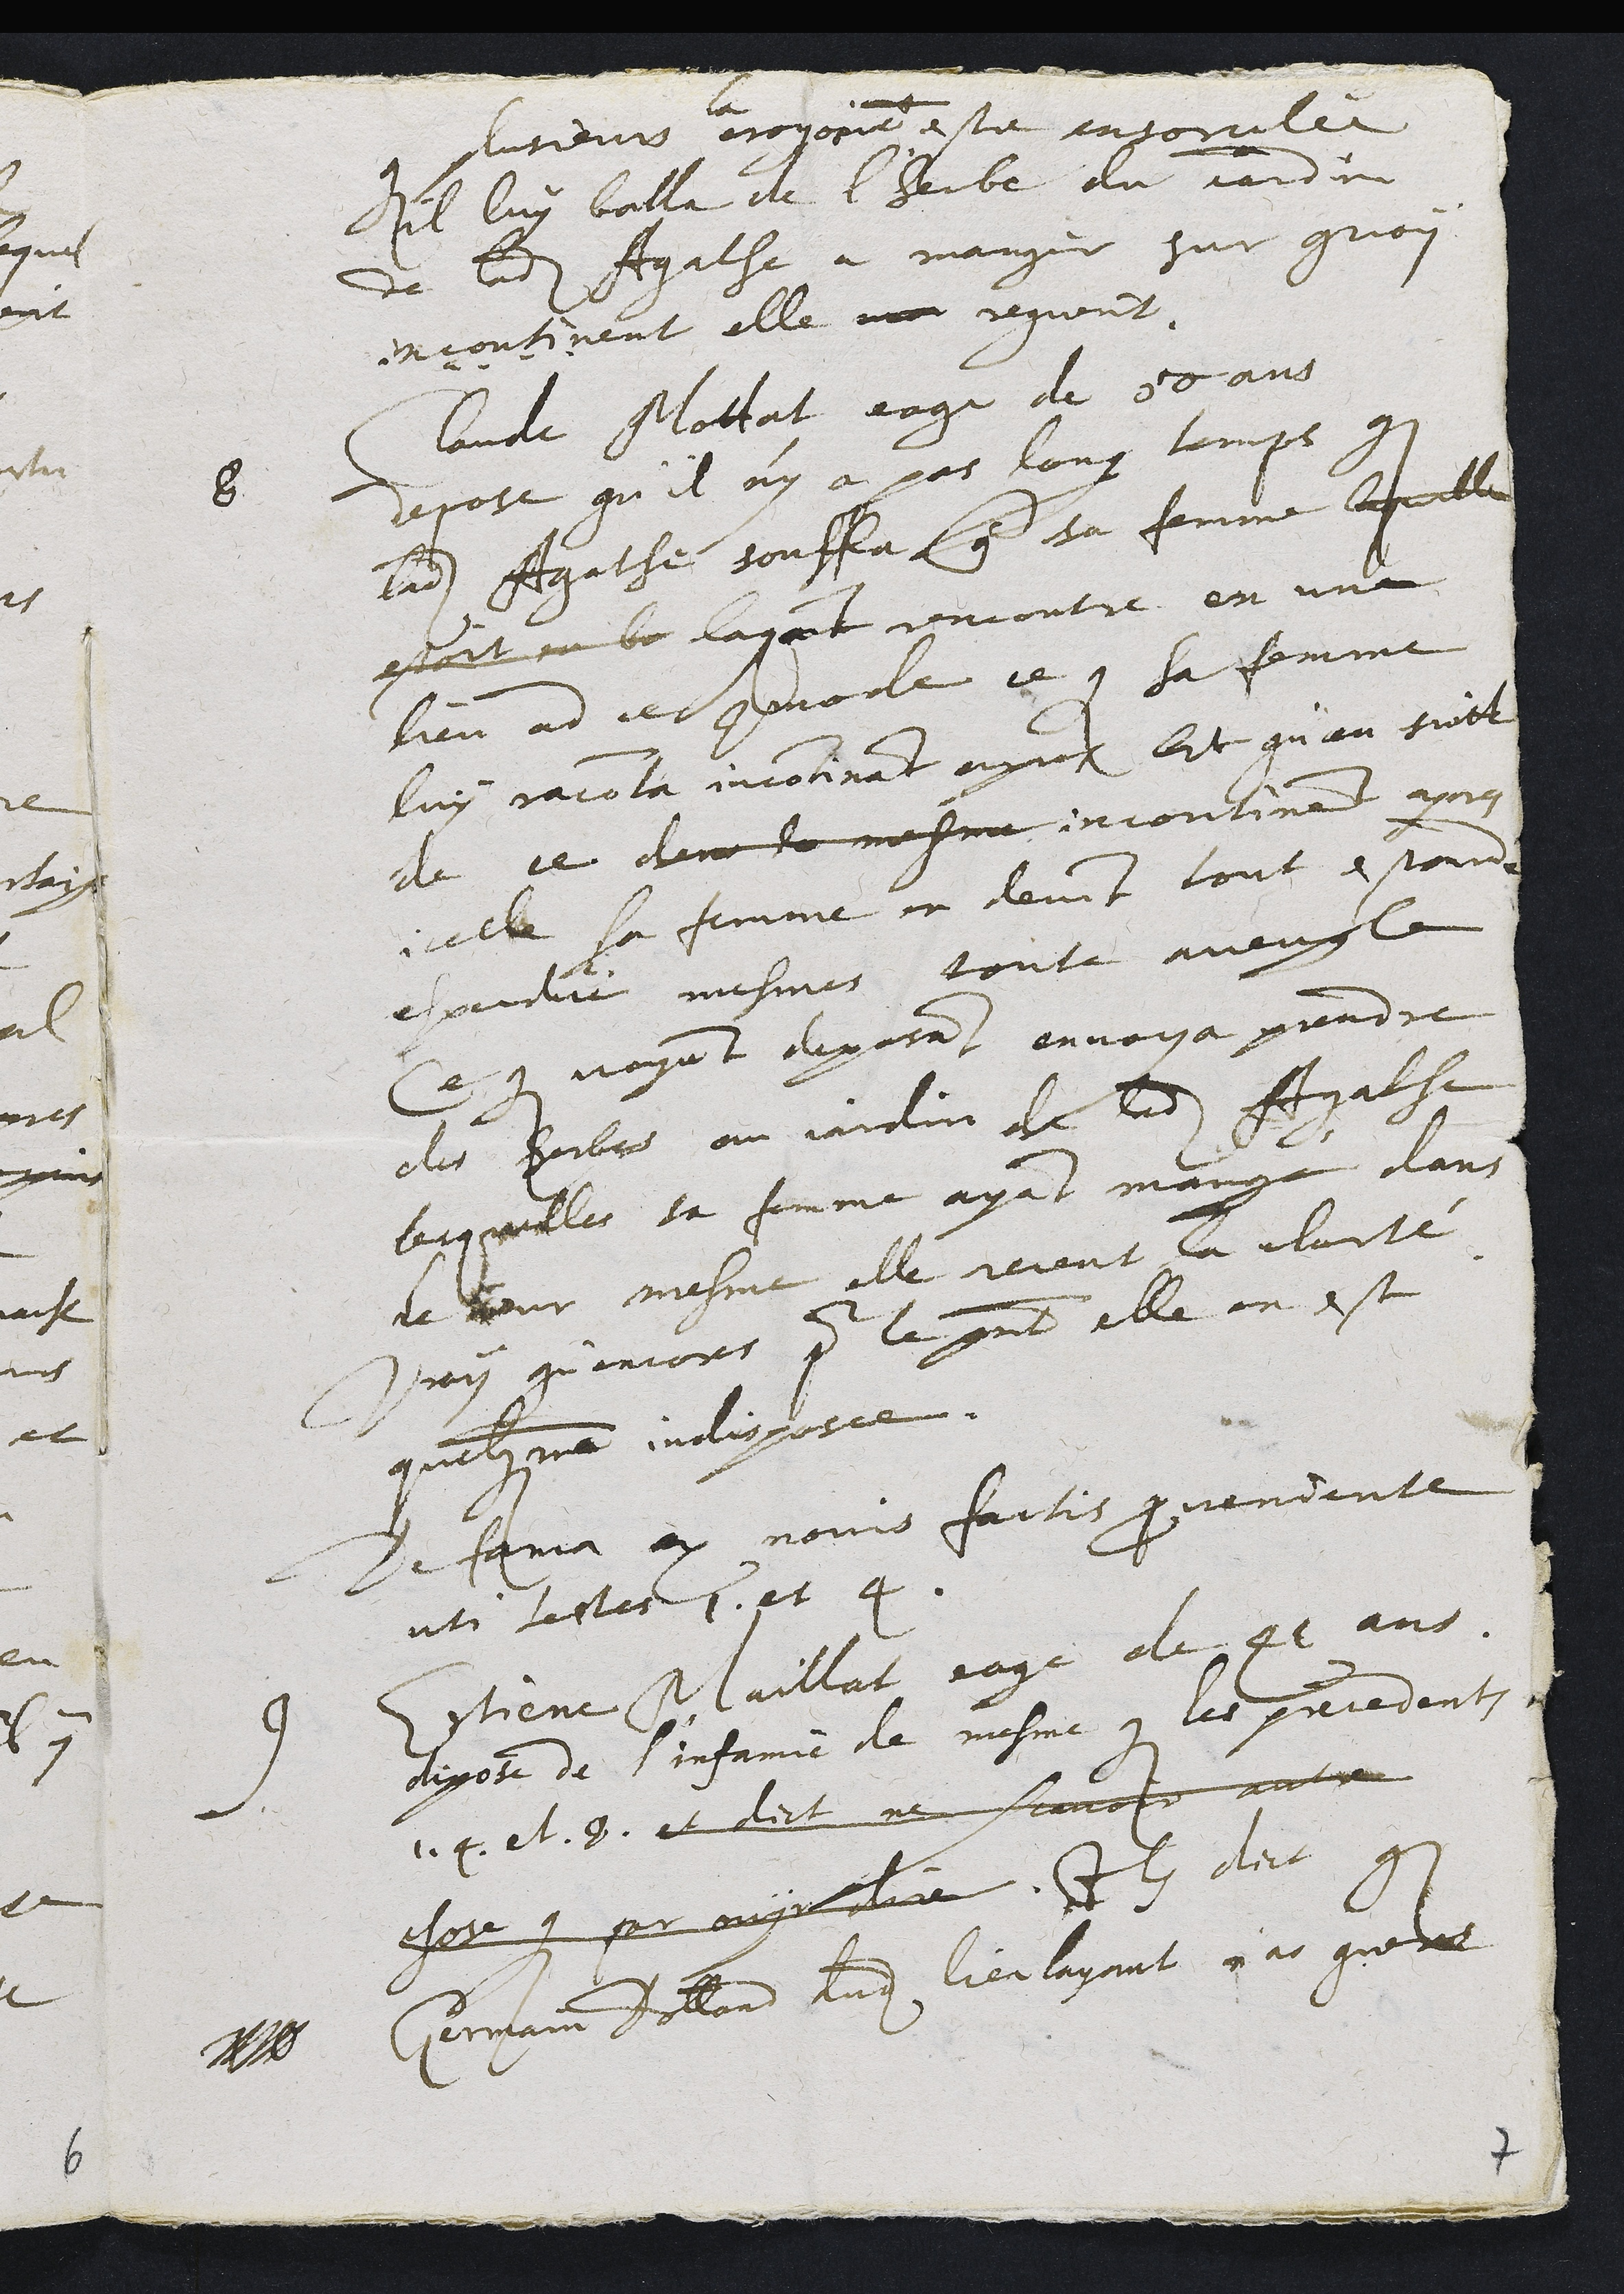
que plusieurs
la
croyoint estre ensorcelée
il luy bailla de l'herbe du jardin
de ladite Agathe a manger sur quoy
incontinent elle man reguerit.
8 Claude Mottat eage de 50 ans
depose qu'il n'y a pas long temps que
ladite Agathe souffla contre sa femme laquelle
estoit en be layant rencontre en unen
lieu ad ce commode ce que sa femme
luy raconta incontinant apres Et qu'an suitte
de ce dans le mesme incontinant apres
icelle sa femme en devint tout estourdie
espaudie mesmes toute aveugle
Ce que voyant deposant envoya prendre
des herbes au jardin de ladite Agathe
lesquelles sa femme ayant mangé dans
le jour mesme elle receut la clarté
Vray qu'encors par le present elle en est
quelquement indisposee.
De fama ex novis factis provenientibus
uti testes 1. et 4.
9 Etienne Maillat eage de 41 ans
depose de l'infamie de mesme que les precedents
1. 4. et 8. et dict ne scavoir autre
chose que par ouyr dire. Ils dict que
Germain Dolland dudit lieu layant n'as guere